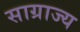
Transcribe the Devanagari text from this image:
साग्राज्‍य